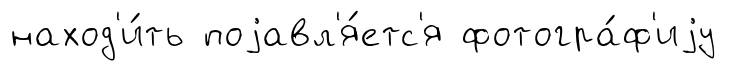
наход'и́ть поjавл'я́етс'я фотогра́ф'иjу